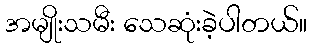
အမျိုးသမီး သေဆုံးခဲ့ပါတယ်။